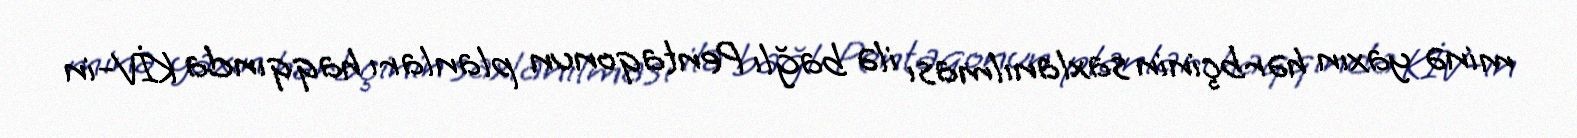
minə yaxın hərbçinin saxlanılması ilə bağlı Pentaqonun planları haqqında KİV-in